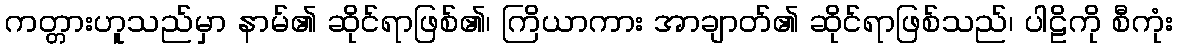
ကတ္တားဟူသည်မှာ နာမ်၏ ဆိုင်ရာဖြစ်၏၊ ကြိယာကား အာချာတ်၏ ဆိုင်ရာဖြစ်သည်၊ ပါဠိကို စီကုံး